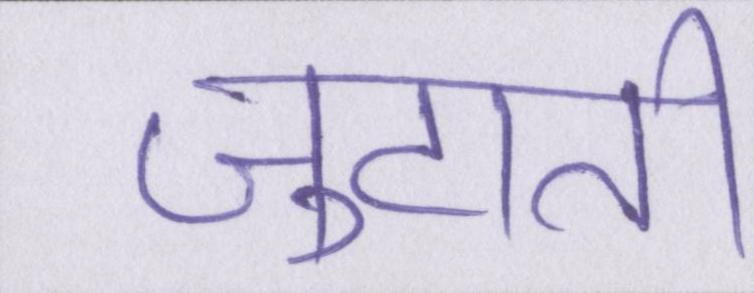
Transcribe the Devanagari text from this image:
जुटाती